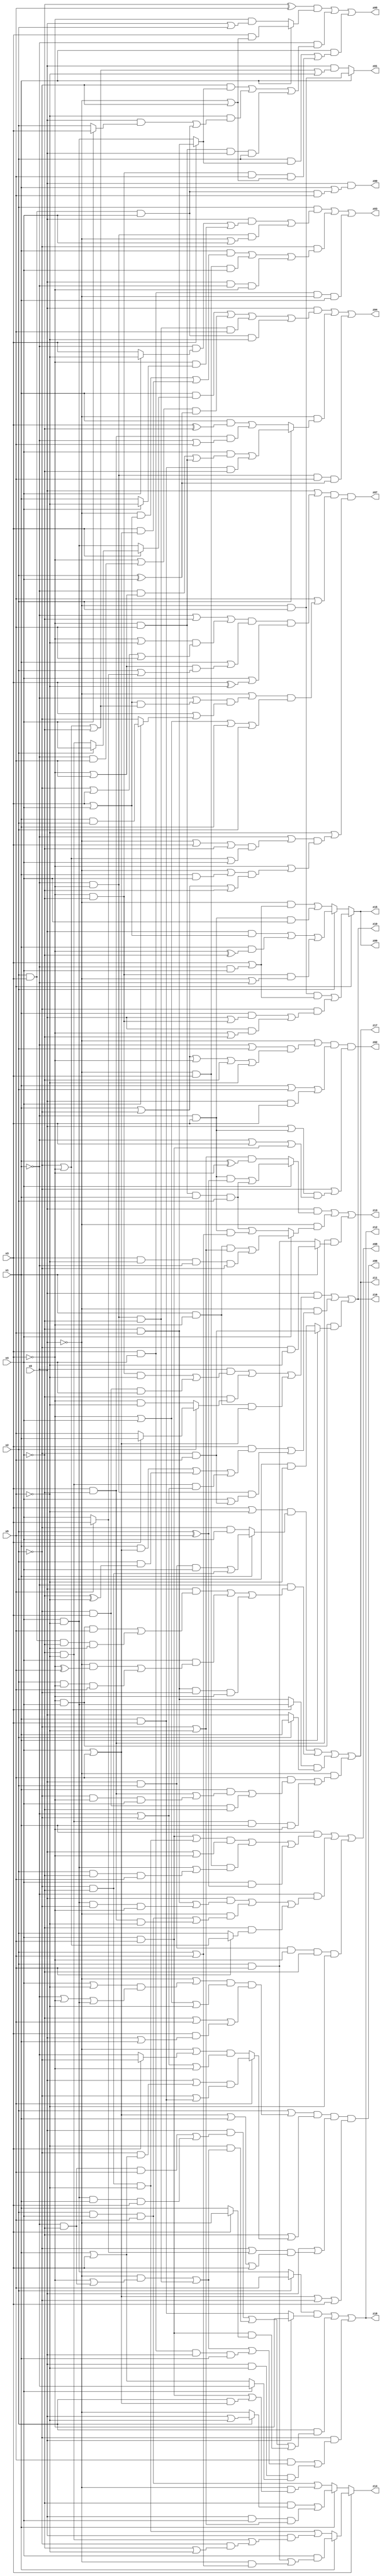
// Benchmark "q_2" written by ABC on Sat Feb 25 04:16:17 2023

module q_2 ( 
    x0, x1, x2, x3, x4, x5,
    z00, z01, z02, z03, z04, z05, z06, z07, z08, z09, z10, z11, z12, z13,
    z14, z15, z16, z17, z18  );
  input  x0, x1, x2, x3, x4, x5;
  output z00, z01, z02, z03, z04, z05, z06, z07, z08, z09, z10, z11, z12, z13,
    z14, z15, z16, z17, z18;
  assign z00 = x0 & (x1 | (x2 & x3 & x4 & x5));
  assign z01 = x1 ? (~x0 & x2) : (x0 & (~x2 | ~x3 | ~x4 | ~x5));
  assign z02 = (~x0 | ((~x1 | x2) & (x1 | ~x2 | ~x3 | ~x4 | ~x5))) & (x1 | x2 | (x0 & x3)) & (~x2 | ((x0 | (~x1 & x3)) & (~x1 | x3 | (x4 & x5))));
  assign z03 = (x2 & ((x0 & ((~x1 & (x4 ? ~x5 : x3)) | (~x3 & (x4 ? ~x5 : x1)))) | (~x1 & ~x3 & (~x0 | x4)))) | (~x2 & ((x1 & ((~x0 & (x3 | x4)) | (x3 & (x4 | x5)))) | (~x0 & x3 & x4) | (x0 & ~x1 & ~x3))) | (x3 & x4 & ~x0 & x1);
  assign z04 = (x0 & ((x1 & (x3 ? (x2 ? x4 : (~x4 & ~x5)) : (x4 & ~x5))) | ((~x3 | (~x1 & x5)) & (x2 ^ x4)) | (~x1 & ~x3 & ~x4 & x5) | (x2 & x3 & x4 & ~x5))) | (~x0 & (x2 ? ((x4 & ((~x1 & (~x3 | x5)) | (~x3 & x5))) | (x1 & x3 & ~x4)) : ((x1 & (x3 ^ ~x4)) | (x3 & ~x4 & (~x1 | x5))))) | (~x1 & ~x3 & x5 & (x2 ^ x4));
  assign z05 = ((~x4 ^ x5) & (x1 ? (x3 & (~x0 | ~x2)) : (~x3 & (x0 | x2)))) | (~x1 & ((~x2 & (x3 ? (~x4 & x5) : (x4 & ~x5))) | (~x5 & ((x0 & (x4 ? x3 : x2)) | (x2 & x3 & x4))) | (~x3 & x5 & x0 & x2))) | (x1 & ((x2 & (x3 ? (~x4 & x5) : (x4 & ~x5))) | (~x3 & ~x4 & x5 & (~x0 | ~x2))));
  assign z06 = (x2 | ((~x0 | ((x4 | ~x5) & (~x1 | ~x3 | (x4 & ~x5)))) & (~x3 | x4 | ~x5) & (~x4 | x5 | (x3 & (x0 | x1))))) & (~x4 | (x5 ? ((x0 | (~x2 & (x1 | x3))) & (~x2 | (x1 & x3))) : ((~x0 | (x3 ? ~x2 : ~x1)) & (~x1 | ~x2 | ~x3)))) & (x0 | ((~x2 | (x5 ? x3 : x4)) & (x4 | x5 | x1 | x3))) & (x4 | x5 | ~x2 | x3);
  assign z07 = (x0 | ((~x1 | ~x4 | ((~x3 | ~x5) & (~x2 | x3 | x5))) & (x1 | ((~x3 | x5) & (x2 | (x5 ? x3 : x4)))) & (x4 | (x3 ^ ~x5)))) & (x5 | ((~x0 | ((~x1 | ((x3 | x4) & (~x2 | ~x3 | ~x4))) & (x3 | (x4 ? (x1 & x2) : ~x2)))) & (~x3 | x4 | x1 | x2))) & (~x5 | ((~x1 | ((~x0 | x3 | ~x4) & (~x2 | ~x3 | x4))) & (~x3 | ((~x0 | (x1 & x4)) & (x1 | ~x2 | ~x4)))));
  assign z08 = (x1 & ((((x4 & x5) | (~x2 & ~x4 & ~x5)) & (x0 | ~x3)) | (~x0 & x3 & ((x4 & ~x5) | (x2 & ~x4 & x5))) | (x4 & (x2 ^ x5)))) | (~x1 & ((x0 & ((~x4 & x5) | (x4 & ~x5 & ~x2 & ~x3))) | (~x0 & ((x2 & x4 & x5) | (x3 & ~x4 & ~x5))) | (~x4 & (x5 ? (~x2 | ~x3) : x2)))) | (x0 & x2 & ~x3 & ~x4 & ~x5);
  assign z09 = x5 ? ((~x0 & x2 & (x3 | (~x1 & x4))) | (~x2 & ((x1 & (x0 | (~x3 & ~x4))) | (x0 & (~x3 | ~x4))))) : (x2 ? ((x0 & (x3 | x4)) | (x1 & (~x3 ^ ~x4)) | (~x3 & ~x4 & (~x0 | ~x1))) : ((~x0 & (x3 | (~x1 & x4))) | (~x1 & x3 & x4)));
  assign z10 = (x0 & ((~x1 & ((~x3 & ~x4 & ~x5) | (~x2 & x3 & x4))) | (~x4 & (x2 ? (x3 ? x1 : x5) : (~x3 & ~x5))) | (x1 & ~x3 & (x4 | x5)))) | (~x0 & ((x3 & ((x1 & (x4 | x5)) | (x2 & (~x4 ^ ~x5)) | (~x4 & ~x5 & (~x1 | ~x2)))) | (~x1 & ~x3 & (x4 | (~x2 & x5))))) | (~x3 & x4 & (x1 ? (~x2 & x5) : (x2 & ~x5)));
  assign z11 = ((x3 | ~x5) & (x1 ? ((x0 & x2 & x4) | (~x2 & ~x4)) : (~x2 & x4))) | (~x1 & ((x0 & ((~x3 & x4 & x5) | (x2 & x3 & ~x4 & ~x5))) | (x4 & ((~x0 & (~x3 ^ x5)) | (x2 & ~x3 & x5))) | (~x4 & x5 & ~x2 & ~x3))) | ((x3 ? (x4 & ~x5) : (~x4 & x5)) & (x2 ? x1 : x0)) | (~x0 & ((x5 & ((x1 & ((x3 & ~x4) | (~x2 & ~x3 & x4))) | (~x2 & x3 & ~x4))) | (~x4 & ~x5 & x1 & ~x3)));
  assign z12 = ((x2 ? x5 : (x4 & ~x5)) & (x0 ? ~x3 : (x1 & x3))) | (x2 & ((x0 & ((~x1 & ~x4 & x5) | (x4 & ~x5 & x1 & x3))) | (~x5 & ((~x0 & (~x3 | (~x1 & ~x4))) | (~x1 & ~x3 & ~x4))) | (x4 & x5 & (x3 ? ~x0 : x1)))) | (~x2 & ((x5 & ((~x0 & (~x3 | (~x1 & ~x4))) | (~x1 & ~x3 & ~x4) | (x3 & x4 & x0 & x1))) | (x0 & ~x5 & (x4 ? ~x1 : (x1 | x3)))));
  assign z13 = (x0 & (x4 ? ((~x1 & x3 & (x2 ^ x5)) | (~x3 & x5 & x1 & x2)) : ((~x2 | ~x5) & (x1 ^ ~x3)))) | (~x0 & (x4 ? ((x1 & ~x3 & (~x2 | ~x5)) | (x3 & ~x5 & ~x1 & ~x2)) : ((~x3 & x5 & x1 & x2) | (~x1 & x3 & (x2 | x5))))) | (x3 & ~x4 & (x1 ? (~x2 & ~x5) : (x2 & x5)));
  assign z14 = x3 ? (x1 ? (x4 & ((x2 & x5) | (~x0 & (x2 | x5)))) : ((~x2 & ~x4 & ~x5) | (x0 & ((~x4 & ~x5) | (~x2 & (~x4 | ~x5)))))) : (x1 ? ((~x4 & (x2 ? (x0 | ~x5) : ~x0)) | (x0 & x4 & (~x2 | ~x5))) : ((x2 & x4 & x5) | (~x0 & ((x4 & x5) | (x2 & (x4 | x5))))));
  assign z15 = x5 ? ((~x0 & x2 & (x3 | (~x1 & x4))) | (~x2 & ((x1 & (x0 | (~x3 & ~x4))) | (x0 & (~x3 | ~x4))))) : (x2 ? ((x0 & (x3 | x4)) | (x1 & (~x3 ^ ~x4)) | (~x3 & ~x4 & (~x0 | ~x1))) : ((~x0 & (x3 | (~x1 & x4))) | (~x1 & x3 & x4)));
  assign z16 = (x0 & ((~x1 & ((~x3 & ~x4 & ~x5) | (~x2 & x3 & x4))) | (~x4 & (x2 ? (x3 ? x1 : x5) : (~x3 & ~x5))) | (x1 & ~x3 & (x4 | x5)))) | (~x0 & ((x3 & ((x1 & (x4 | x5)) | (x2 & (~x4 ^ ~x5)) | (~x4 & ~x5 & (~x1 | ~x2)))) | (~x1 & ~x3 & (x4 | (~x2 & x5))))) | (~x3 & x4 & (x1 ? (~x2 & x5) : (x2 & ~x5)));
  assign z17 = ((x3 | ~x5) & (x1 ? ((x0 & x2 & x4) | (~x2 & ~x4)) : (~x2 & x4))) | (~x1 & ((x0 & ((~x3 & x4 & x5) | (x2 & x3 & ~x4 & ~x5))) | (x4 & ((~x0 & (~x3 ^ x5)) | (x2 & ~x3 & x5))) | (~x4 & x5 & ~x2 & ~x3))) | ((x3 ? (x4 & ~x5) : (~x4 & x5)) & (x2 ? x1 : x0)) | (~x0 & ((x5 & ((x1 & ((x3 & ~x4) | (~x2 & ~x3 & x4))) | (~x2 & x3 & ~x4))) | (~x4 & ~x5 & x1 & ~x3)));
  assign z18 = ((x2 ? x5 : (x4 & ~x5)) & (x0 ? ~x3 : (x1 & x3))) | (x2 & ((x0 & ((~x1 & ~x4 & x5) | (x4 & ~x5 & x1 & x3))) | (~x5 & ((~x0 & (~x3 | (~x1 & ~x4))) | (~x1 & ~x3 & ~x4))) | (x4 & x5 & (x3 ? ~x0 : x1)))) | (~x2 & ((x5 & ((~x0 & (~x3 | (~x1 & ~x4))) | (~x1 & ~x3 & ~x4) | (x3 & x4 & x0 & x1))) | (x0 & ~x5 & (x4 ? ~x1 : (x1 | x3)))));
endmodule